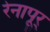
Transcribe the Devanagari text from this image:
रेनापूर्